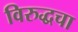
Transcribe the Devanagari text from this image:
विरुद्धचा